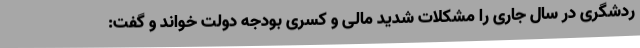
ردشگری در سال جاری را مشکلات شدید مالی و کسری بودجه دولت خواند و گفت: